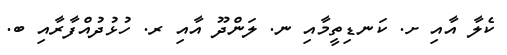
ކެލާ އާއި ށ. ކަނޑިތީމާއި ނ. ލަންދޫ އާއި ރ. ހުޅުދުއްފާރާއި ބ.